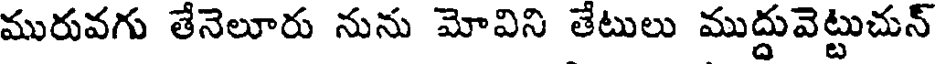
మురువగు తేనెలూరు నును మోవిని తెటులు ముద్దువెట్టుచున్